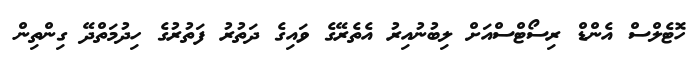
ހޮޓެލްސް އެންޑް ރިސޯޓްސްއަށް ލިބުނުއިރު އެތެރޭގެ ވައިގެ ދަތުރު ފަތުރުގެ ހިދުމަތްދޭ ގިންތިން